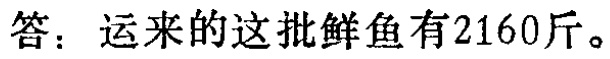
答：运来的这批鲜鱼有2160斤。